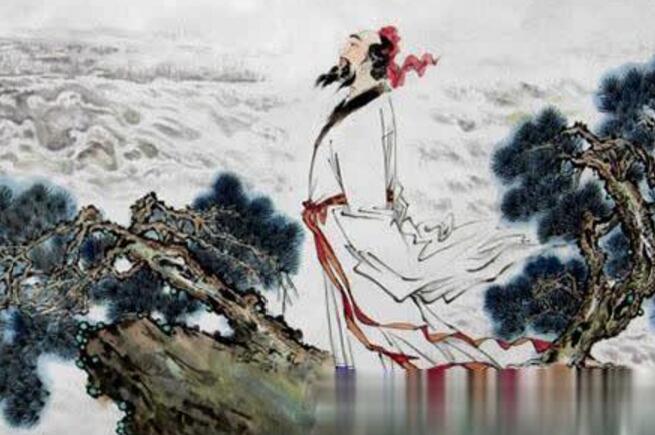
寒英坐销落，何用慰远客。